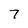
Character: 7